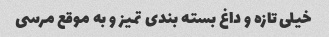
خیلی تازه و داغ بسته بندی تمیز و به موقع مرسی